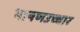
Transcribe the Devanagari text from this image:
भाषणउच्चार